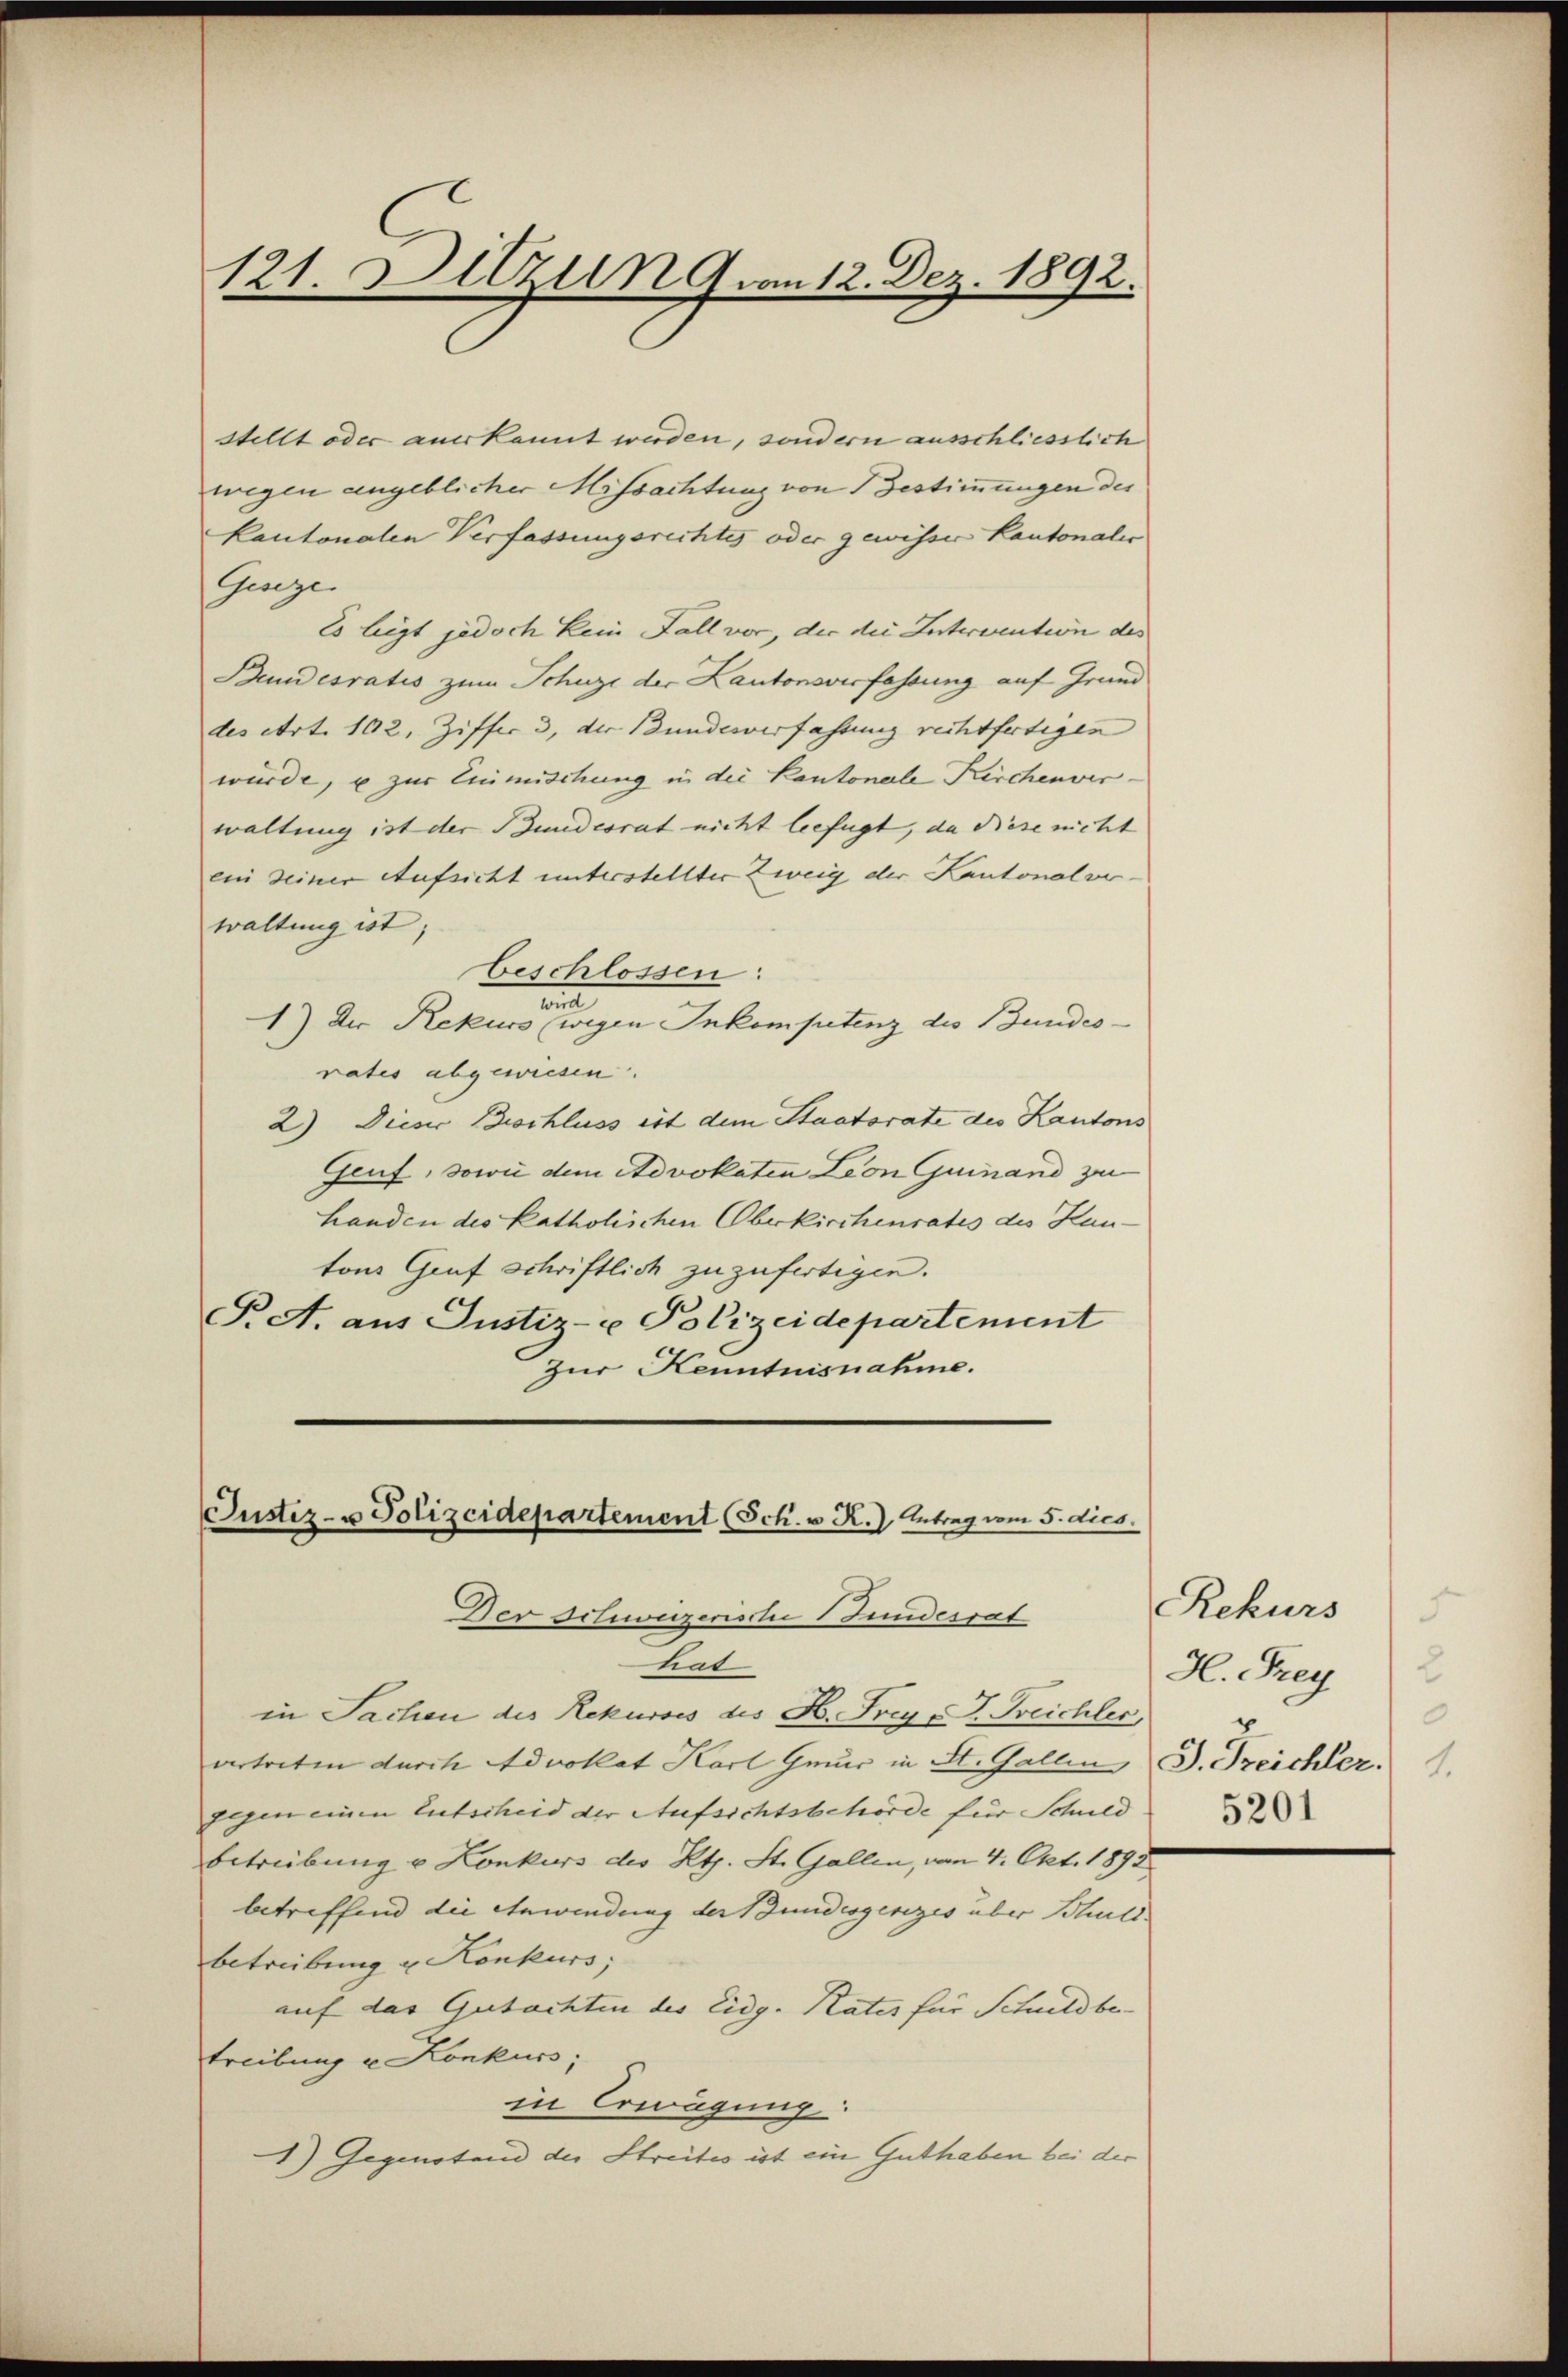
121. Dazu n 9. an 12. Dez. 1892.

stellt oder anerkannt werden, sondern ausschliesslich
wegen angeblicher Missachtung von Bestimmungen des
Kantonalen Verfassungsrechtes oder gewisser Kantonalis
Geseze
Es liegt jedoch kein Fall vor, der die Intervention des
Bundesratis zum Schuze der Kantonsverfassung auf Grund
des Art. 102, Ziffer 3, der Bundesverfassung rechtfertigen
würde, u zur Einmischung in die Kantonale Kirchenver-
waltung ist der Bundesrat nicht leefügt, da diese nicht
ein seiner Aufsicht unterstellter Zweig der Kantonalverwaltung ist;
beschlossen:
n
1) Der Rekurs (wegen Inkompetenz des Bundes-
rates abgewiesen.
2) Dieser Beschluss est dem Staatsrate des Kantons
Genf, sowie dem Advokaten Lion Guinand zu
handen des Katholischen Oberkirchenrates des Hautons Graf Schriftlich zuzufertigen.
T. A. aus Justiz- u Polizeidepartement
Zur Kenntnisnahme.

Justiz- u Polizeidepartement (Sch. v. R.) Antrag vom 5. dies
Der Schweizerische 1 Jundesrat
Lad

in Sachen des Rekurses des H. Frey P. Treichler,
vertreten durch Advokat Karl Gmür in St. Gallen, S. Treichler.
gegen einen Entscheid der Aufsichtsbehörde für Schuld
betreibung u Konkurs des Kts. St. Gallen, vom 4. Okt. 1892
betreffend die Anwendung der Bundesgesezes über Schuld.
betreibung u. Konkurs,
auf das Gutachten des Eidg. Rates für Schuldber
treibung u Konkurs,
in Erwägung:
1) Gegenstand der Streites ist ein Guthaben bei der

Rekurs
.
2
H. Frey
0
5201